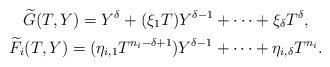
LaTeX: \begin{gather*}\widetilde G(T,Y)=Y^\delta+(\xi_1T)Y^{\delta-1}+\cdots+\xi_\delta T^\delta,\\\widetilde F_{i}(T,Y)=(\eta_{i,1}T^{n_i-\delta+1})Y^{\delta-1}+\cdots+\eta_{i,\delta}T^{n_i}.\end{gather*}